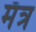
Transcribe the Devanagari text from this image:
मॅत्र